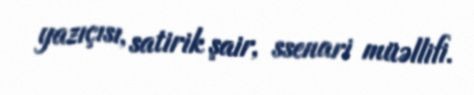
yazıçısı, satirik şair, ssenari müəllifi.